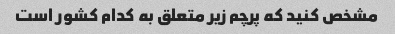
مشخص کنید که پرچم زیر متعلق به کدام کشور است